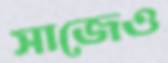
সাজেও